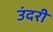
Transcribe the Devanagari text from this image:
उंदरी